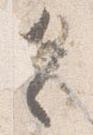
令